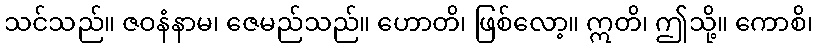
သင်သည်။ ဇဝနံနာမ၊ ဇေမည်သည်။ ဟောတိ၊ ဖြစ်လော့။ ဣတိ၊ ဤသို့။ ကောစိ၊